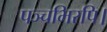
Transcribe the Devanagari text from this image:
पञ्चभिरपि।